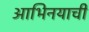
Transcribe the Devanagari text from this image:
आभिनयाची